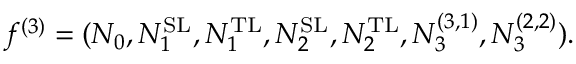
f ^ { ( 3 ) } = ( N _ { 0 } , N _ { 1 } ^ { \mathrm { S L } } , N _ { 1 } ^ { \mathrm { T L } } , N _ { 2 } ^ { \mathrm { S L } } , N _ { 2 } ^ { \mathrm { T L } } , N _ { 3 } ^ { ( 3 , 1 ) } , N _ { 3 } ^ { ( 2 , 2 ) } ) .